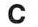
C